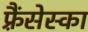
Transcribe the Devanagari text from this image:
फ़्रैंसेस्का